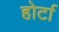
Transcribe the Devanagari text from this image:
होर्टा